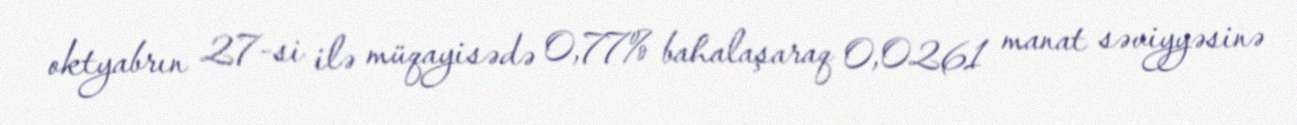
oktyabrın 27-si ilə müqayisədə 0,77% bahalaşaraq 0,0261 manat səviyyəsinə